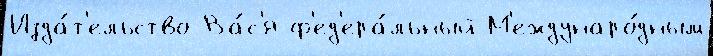
Изда́т'ельство Ва́с'я ф'ед'ера́льный М'еждунаро́дным